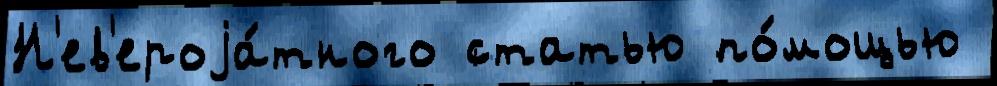
Н'ев'ероjа́тного статью по́мощью